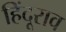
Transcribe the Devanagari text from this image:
हिंदूराव